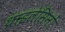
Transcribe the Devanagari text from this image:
थाइलेसिनों